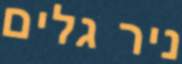
ניר גלים